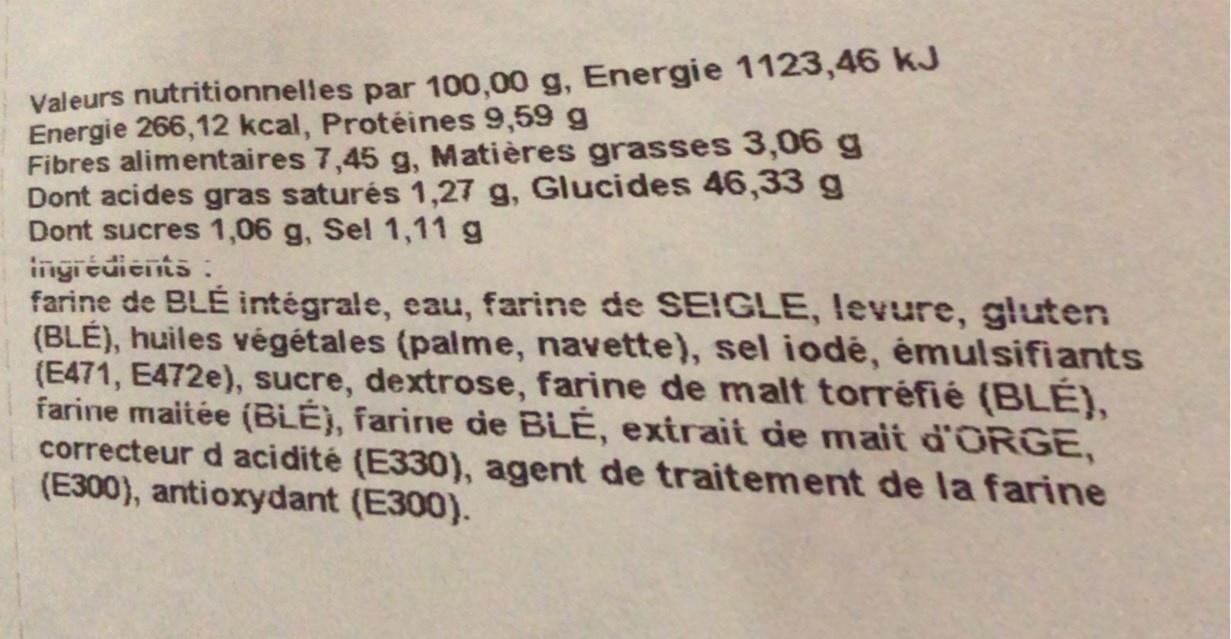
Valeurs nutritionnelles par 100,00 g, Energie 1123,46 kJ Energie 266,12 kcal, Protéines 9,59 g Fibres alimentaires 7,45 g, Matières grasses 3,06 g Dont acides gras saturés 1,27 g, Glucides 46,33 g Dont sucres 1,06 g, Sel 1,11 g ingicuieins : farine de BLÉ intégrale, eau, farine de SE!GLE, levure, gluten (BLÉ), huiles végétales (palme, navette), sel iodé, émulsifiants (E471, E472e), sucre, dextrose, farine de malt torréfié (BLÉ), farine maitée (BLÉ), farine de BLÉ, extrait de mait d'ORGE, correcteur d acidité (E330), agent de traitement de la farine (E300), antioxydant (E300).